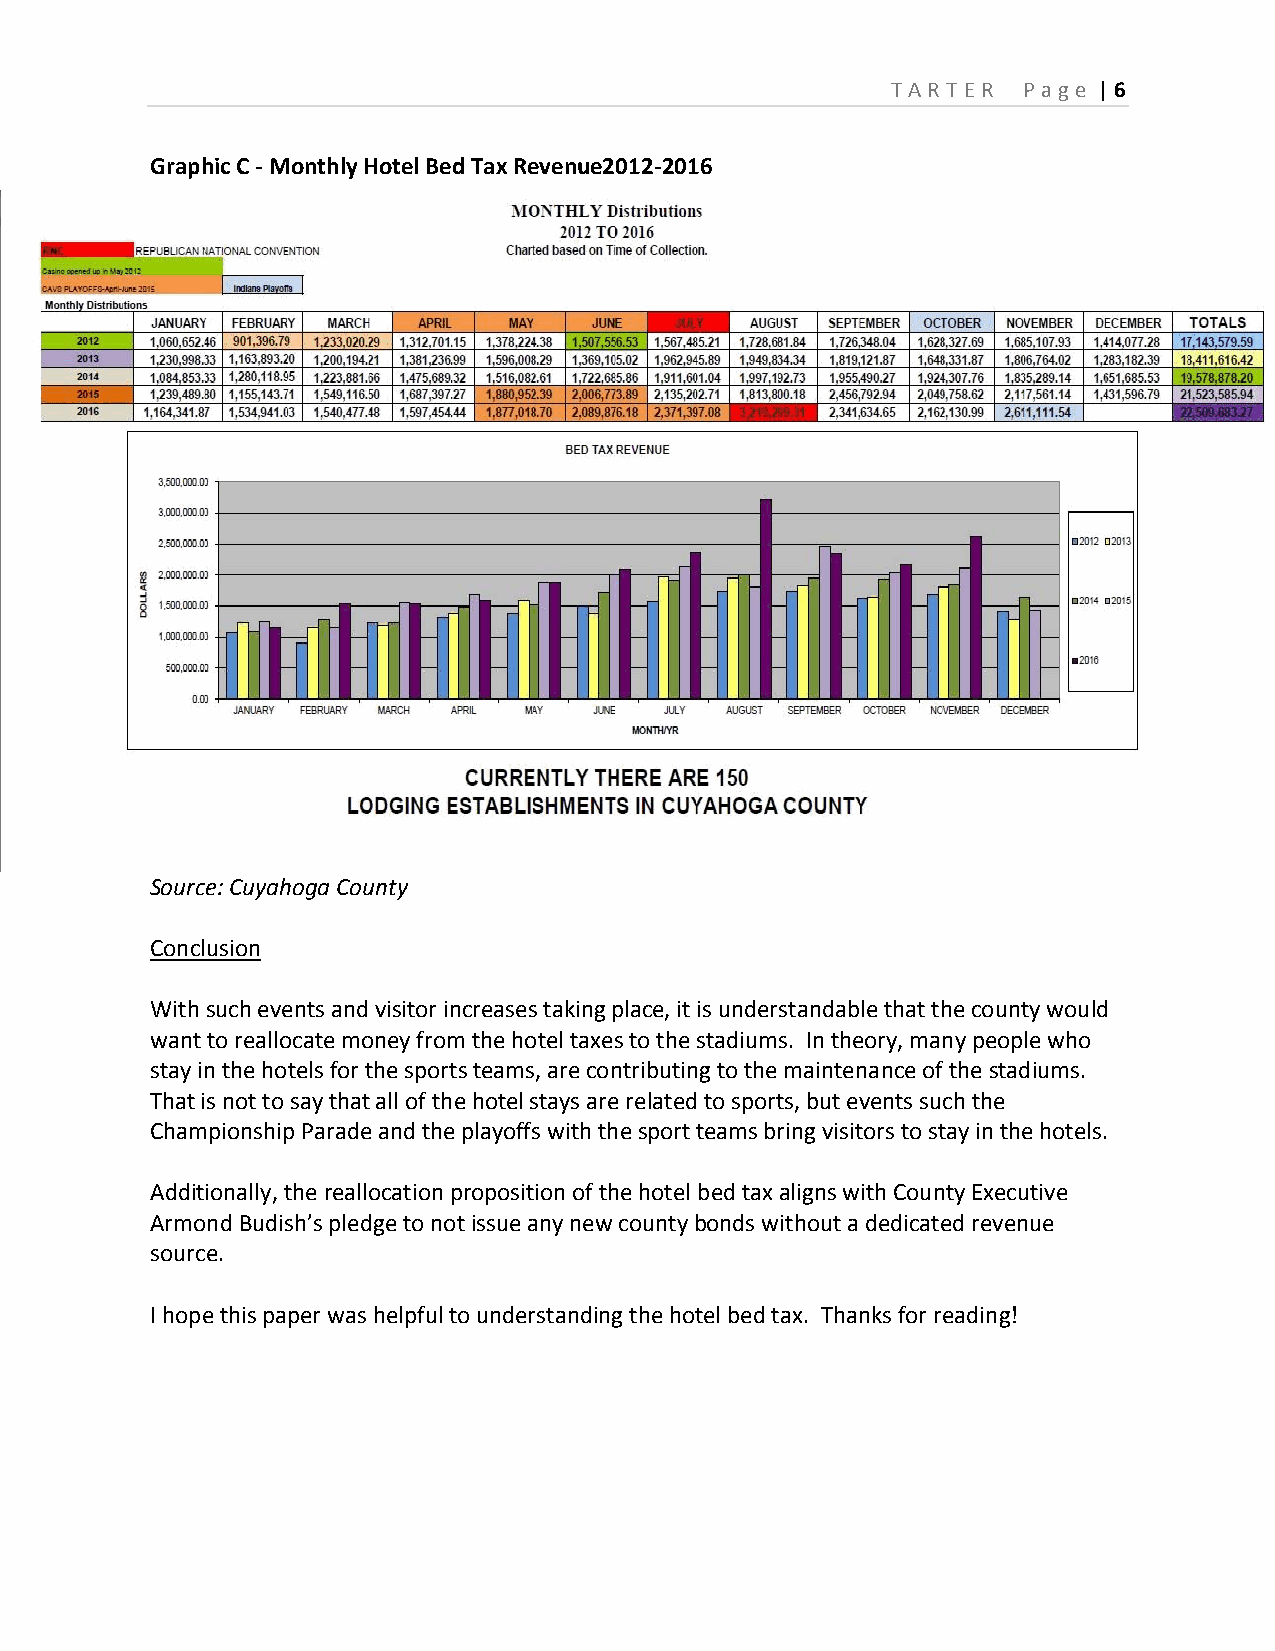
T ART ER P age | 6
 Graphic C - Monthly Hotel Bed Tax Revenue2012-2016
 Source: Cuyahoga County
 Conclusion
 With such events and visitor increases taking place, it is understandable that the county would
 want to reallocate money from the hotel taxes to the stadiums. In theory, many people who
 stay in the hotels for the sports teams, are contributing to the maintenance of the stadiums.
 That is not to say that all of the hotel stays are related to sports, but events such the
 Championship Parade and the playoffs with the sport teams bring visitors to stay in the hotels.
 Additionally, the reallocation proposition of the hotel bed tax aligns with County Executive
 Armond Budish’s pledge to not issue any new county bonds without a dedicated revenue
 source.
 I hope this paper was helpful to understanding the hotel bed tax. Thanks for reading!